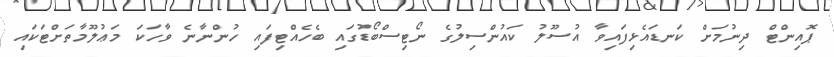
ޕޮއިންޓް ދިނުމަށް ކަނޑައެޅިފައިވާ އުސޫލު ކައުންސިލުގެ ނޯޓިސްބޯޑުގައި ބެހެއްޓިފައި ހުންނާނެ ވާހަކަ މަޢުލޫމާތަށްޓަކައި